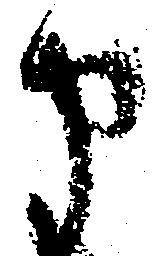
申